Indian journal of veterinary science and animal husbandry - Volume 3,
Year: 1933
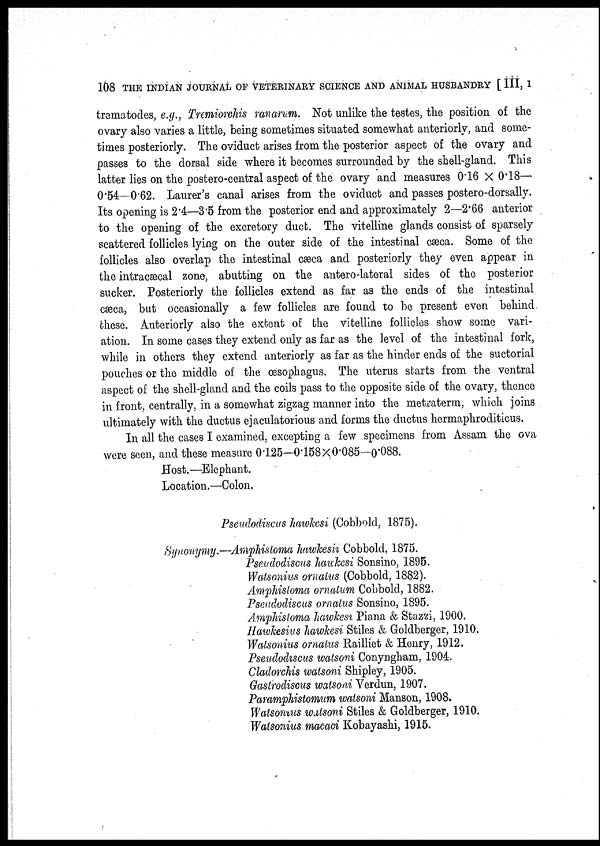
108 THE INDIAN JOURNAL OF VETERINARY SCIENCE AND ANIMAL HUSBANDRY [ III, I
trematodes, e.g., Tremiorchis ranarum. Not unlike the testes, the position of the
ovary also varies a little, being sometimes situated somewhat anteriorly, and some-
times posteriorly. The oviduct arises from the posterior aspect of the ovary and
passes to the dorsal side where it becomes surrounded by the shell-gland. This
latter lies on the postero-central aspect of the ovary and measures 0.16 × 0.18—
0.54—0.62. Laurer's canal arises from the oviduct and passes postero-dorsally.
Its opening is 2.4—3.5 from the posterior end and approximately 2—2.66 anterior
to the opening of the excretory duct. The vitelline glands consist of sparsely
scattered follicles lying on the outer side of the intestinal cæca. Some of the
follicles also overlap the intestinal cæca and posteriorly they even appear in
the intracæcal zone, abutting on the antero-lateral sides of the posterior
sucker. Posteriorly the follicles extend as far as the ends of the intestinal
cæca, but occasionally a few follicles are found to be present even behind
these. Anteriorly also the extent of the vitelline follicles show some vari-
ation. In some cases they extend only as far as the level of the intestinal fork,
while in others they extend anteriorly as far as the hinder ends of the suctorial
pouches or the middle of the œsophagus. The uterus starts from the ventral
aspect of the shell-gland and the coils pass to the opposite side of the ovary, thence
in front, centrally, in a somewhat zigzag manner into the metraterm, which joins
ultimately with the ductus ejaculatorius and forms the ductus hermaphroditicus.
In all the cases I examined, excepting a few specimens from Assam the ova
were seen, and these measure 0.125—0.158×0.085—0.088.
Host.—Elephant.
Location.—Colon,
Pseudodiscus hawkesi (Cobbold, 1875).
Synonymy.—Amphistoma hawkesii Cobbold, 1875.
Pseudodiscus hawkesi Sonsino, 1895.
Watsonius ornatus (Cobbold, 1882).
Amphistoma ornatum Cobbold, 1882.
Pseudodiscus ornatus Sonsino, 1895.
Amphistoma hawkesi Piana & Stazzi, 1900.
Hawkesius hawkesi Stiles & Goldberger, 1910.
Watsonius ornatus Railliet & Henry, 1912.
Pseudodiscus watsoni Conyngham, 1904.
Cladorchis watsoni Shipley, 1905.
Gastrodiscus watsoni Verdun, 1907.
Paramphistomum watsoni Manson, 1908.
Watsonius watsoni Stiles & Goldberger, 1910.
Watsonius macaci Kobayashi, 1915.